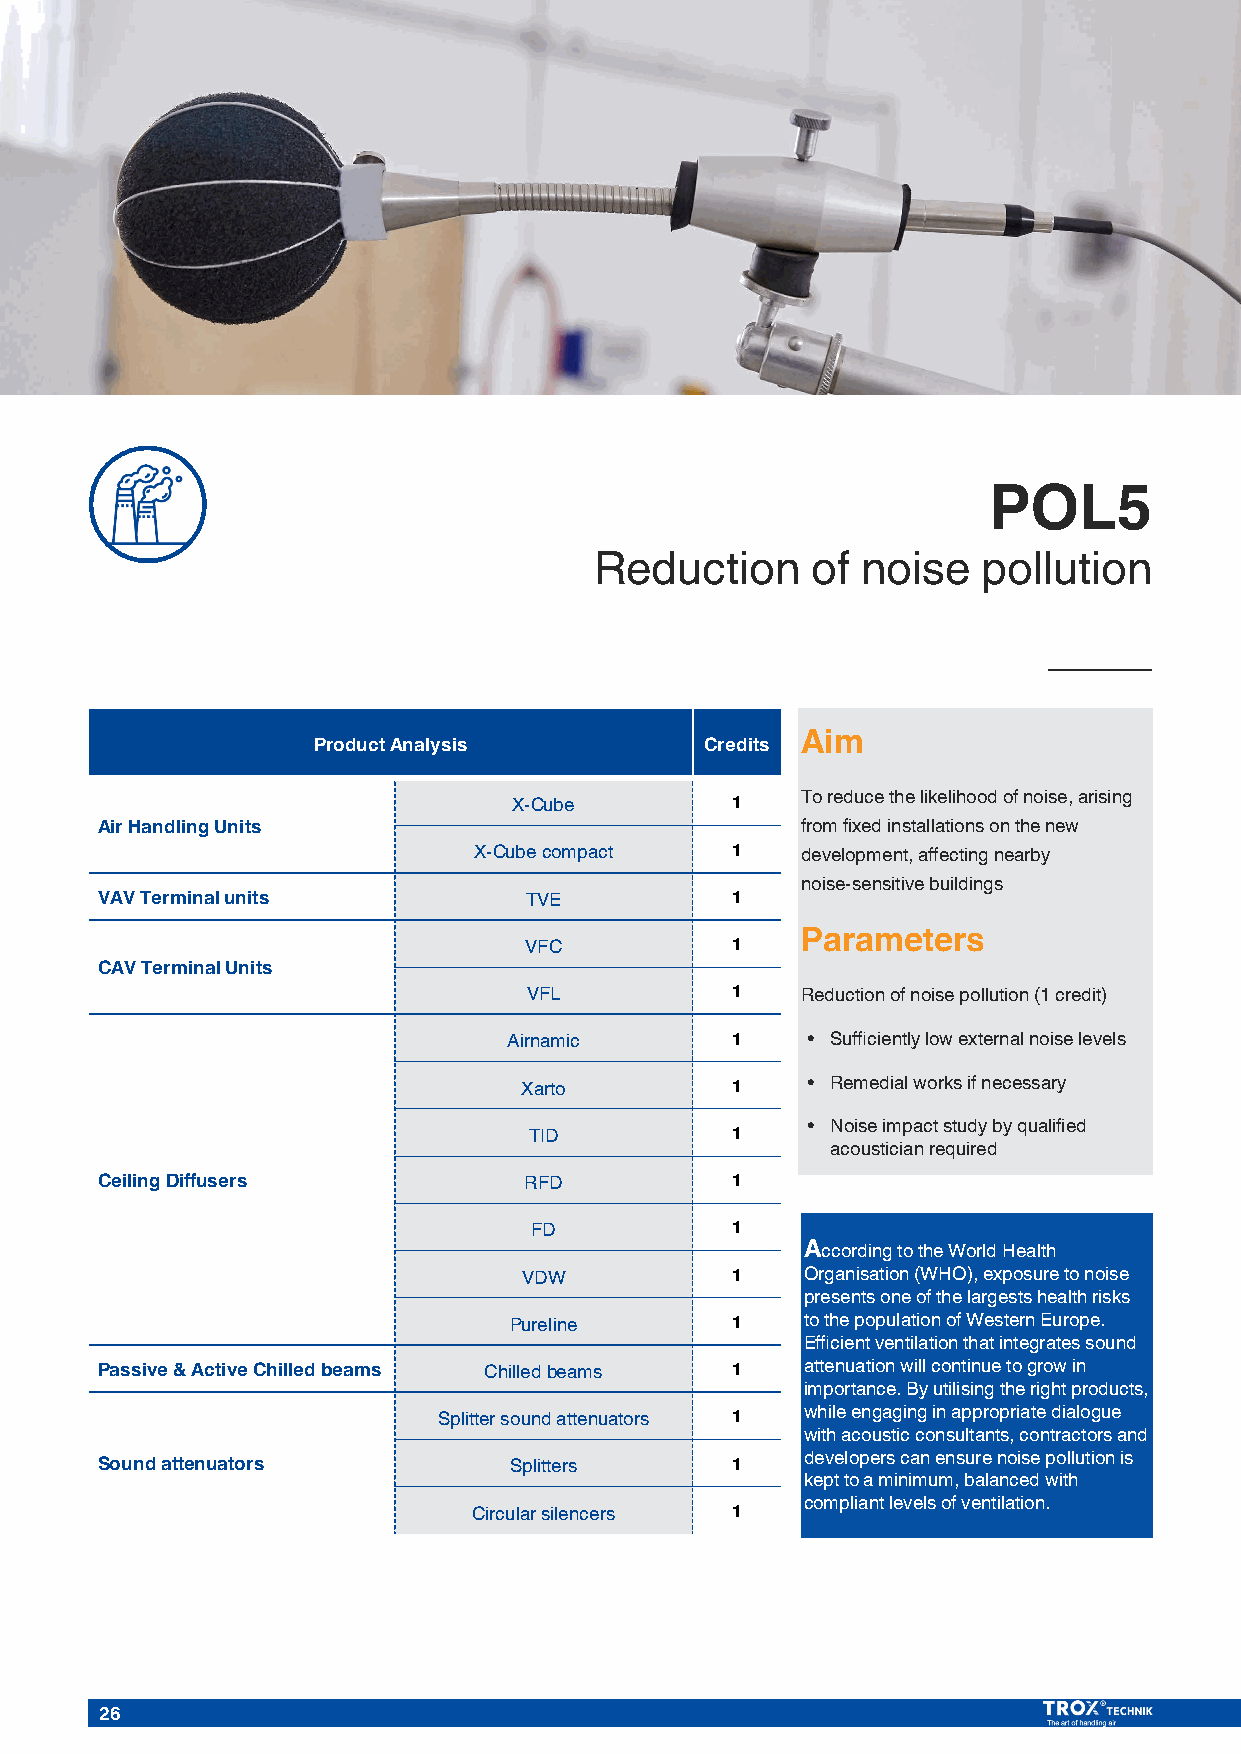
POL5
 Reduction      of noise   pollution
 Product Analysis          Credits Aim
 To reduce the likelihood of noise, arising
 X-Cube        1
 Air Handling Units                             from fixed installations on the new
 X-Cube compact   1    development, affecting nearby
 noise-sensitive buildings
 VAV Terminal units           TVE          1
 VFC          1    Parameters
 CAV Terminal Units
 VFL          1    Reduction of noise pollution (1 credit)
 Airnamic      1    • Sufficiently low external noise levels
 Xarto         1    • Remedial works if necessary
 • Noise impact study by qualified
 TID          1
 acoustician required
 CeilingDiffusers             RFD          1
 FD           1
 According to the World Health
 VDW          1    Organisation (WHO), exposure to noise
 presents one of the largests health risks
 Pureline      1    to the population of Western Europe.
 Efficient ventilation that integrates sound
 Passive & Active Chilledbeams Chilledbeams 1   attenuation will continue to grow in
 importance. By utilising the right products,
 Splitter sound attenuators 1 while engaging in appropriate dialogue
 with acoustic consultants, contractors and
 developers can ensure noise pollution is
 Sound attenuators           Splitters     1
 kept to a minimum, balanced with
 compliant levels of ventilation.
 Circularsilencers 1
 26